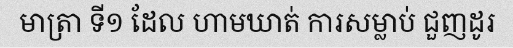
មាត្រា ទី១ ដែល ហាមឃាត់ ការសម្លាប់ ជួញដូរ